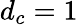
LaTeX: d_{c}=1